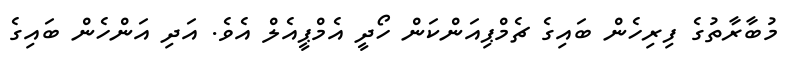
މުބާރާތުގެ ފިރިހެން ބައިގެ ޗެމްޕިއަންކަން ހޯދީ އެމްޕީއެލް އެވެ. އަދި އަންހެން ބައިގެ